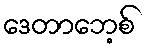
ဒေတာဘေ့စ်